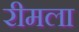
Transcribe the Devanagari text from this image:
रीमला